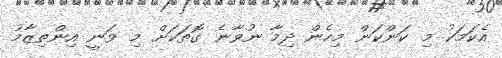
އެކަމަކު މި ކަންކަން މިހެން ދިމާ ނުވާނެ ގޮތަކަށް މި ވަނީ އިންތިޒާމު